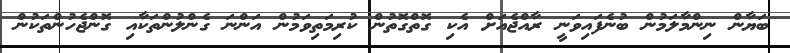
ބަޔާން ނިންމާލަމުން ބުނެފައިވަނީ ރާއްޖެއަށް އެކި ގޮތްގޮތުން ކުރިމަތިވަމުން އަންނަ ގެންލުންތަކާއި ގޮންޖެހުންތަކުން